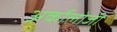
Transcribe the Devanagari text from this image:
अर्कोलोजी